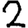
Digit: 2